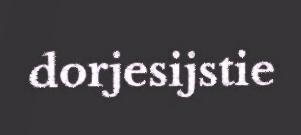
dorjesijstie